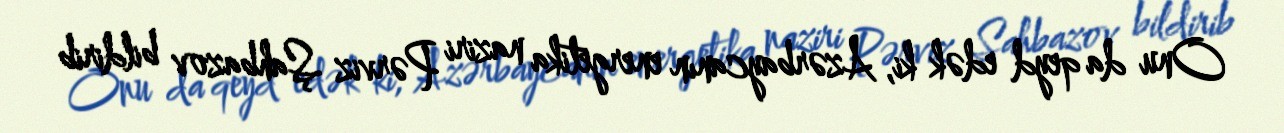
Onu da qeyd edək ki, Azərbaycanın energetika naziri Pərviz Şahbazov bildirib